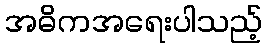
အဓိကအရေးပါသည့်